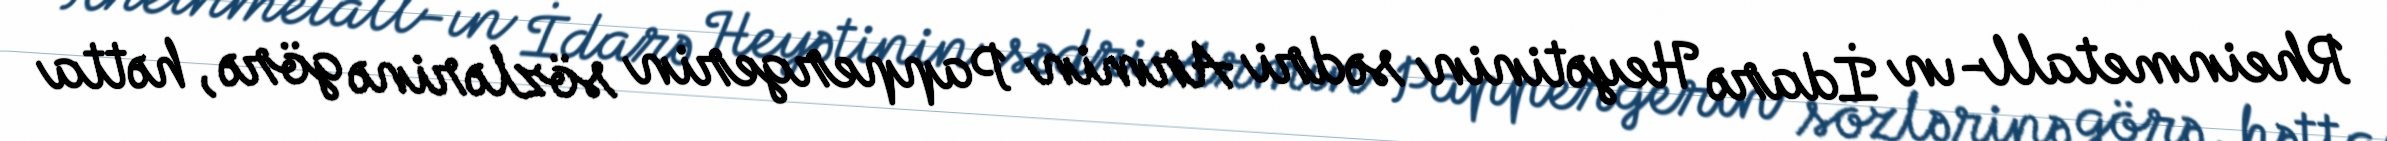
Rheinmetall-ın İdarə Heyətinin sədri Armin Pappergerin sözlərinə görə, hətta